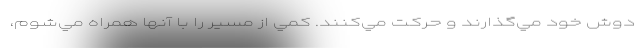
دوش خود مي‌گذارند و حركت مي‌كنند. كمي از مسير را با آنها همراه مي‌شوم،